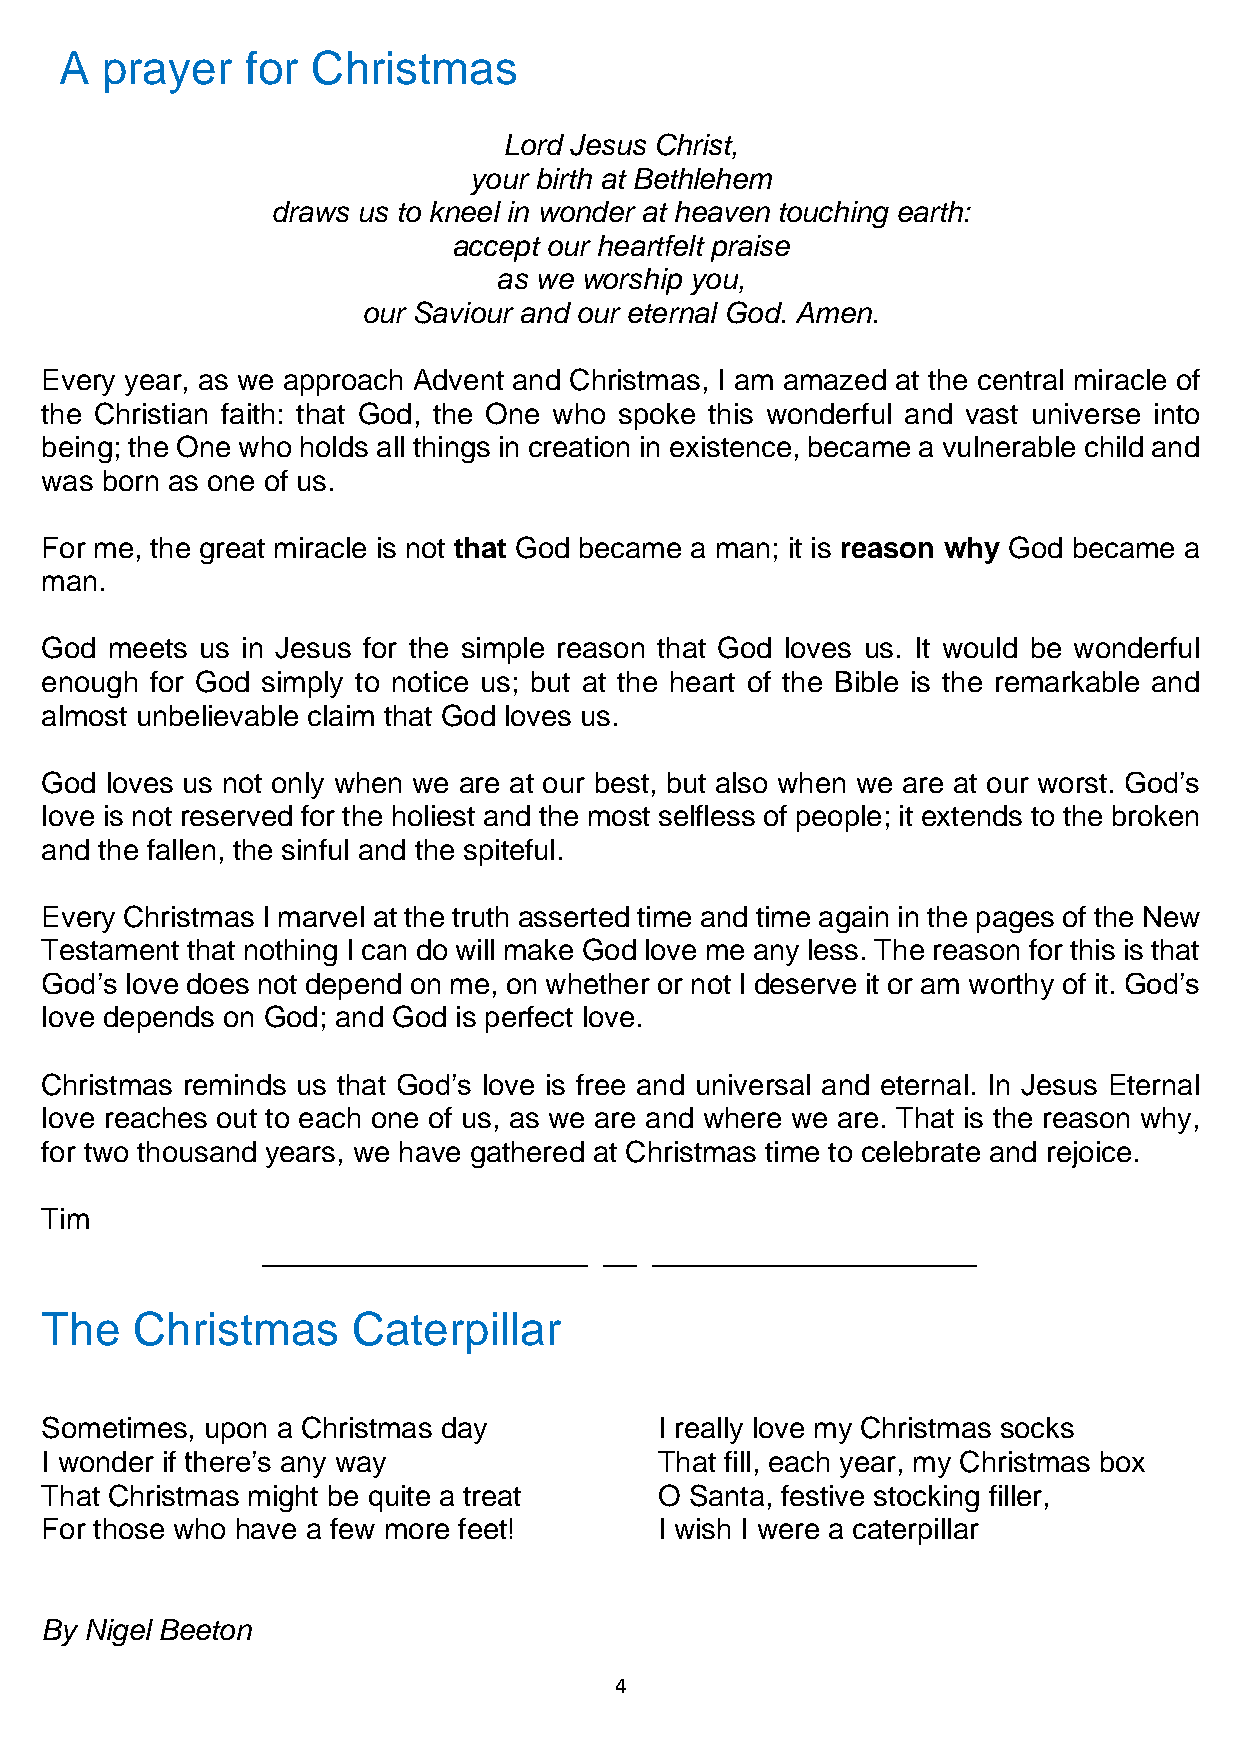
A  prayer   for  Christmas
 Lord Jesus Christ,
 your birth at Bethlehem
 draws us to kneel in wonder at heaven touching earth:
 accept our heartfelt praise
 as we worship you,
 our Saviour and our eternal God. Amen.
 Every year, as we approach Advent and Christmas, I am amazed at the central miracle of
 the Christian faith: that God, the One who spoke this wonderful and vast universe into
 being; the One who holds all things in creation in existence, became a vulnerable child and
 was born as one of us.
 For me, the great miracle is not that God became a man; it is reason why God became a
 man.
 God meets us in Jesus for the simple reason that God loves us. It would be wonderful
 enough for God simply to notice us; but at the heart of the Bible is the remarkable and
 almost unbelievable claim that God loves us.
 God loves us not only when we are at our best, but also when we are at our worst. God’s
 love is not reserved for the holiest and the most selfless of people; it extends to the broken
 and the fallen, the sinful and the spiteful.
 Every Christmas I marvel at the truth asserted time and time again in the pages of the New
 Testament that nothing I can do will make God love me any less. The reason for this is that
 God’s love does not depend on me, on whether or not I deserve it or am worthy of it. God’s
 love depends on God; and God is perfect love.
 Christmas reminds us that God’s love is free and universal and eternal. In Jesus Eternal
 love reaches out to each one of us, as we are and where we are. That is the reason why,
 for two thousand years, we have gathered at Christmas time to celebrate and rejoice.
 Tim
 ____________________   __ ____________________
 The   Christmas     Caterpillar
 Sometimes, upon a Christmas day          I really love my Christmas socks
 I wonder if there’s any way              That fill, each year, my Christmas box
 That Christmas might be quite a treat    O Santa, festive stocking filler,
 For those who have a few more feet!      I wish I were a caterpillar
 By Nigel Beeton
 4